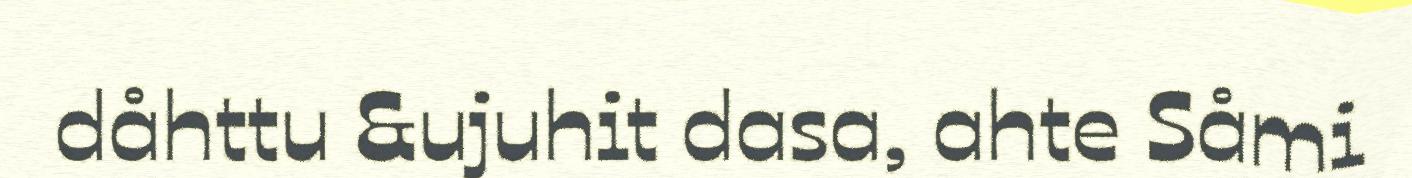
dåhttu &ujuhit dasa, ahte Såmi